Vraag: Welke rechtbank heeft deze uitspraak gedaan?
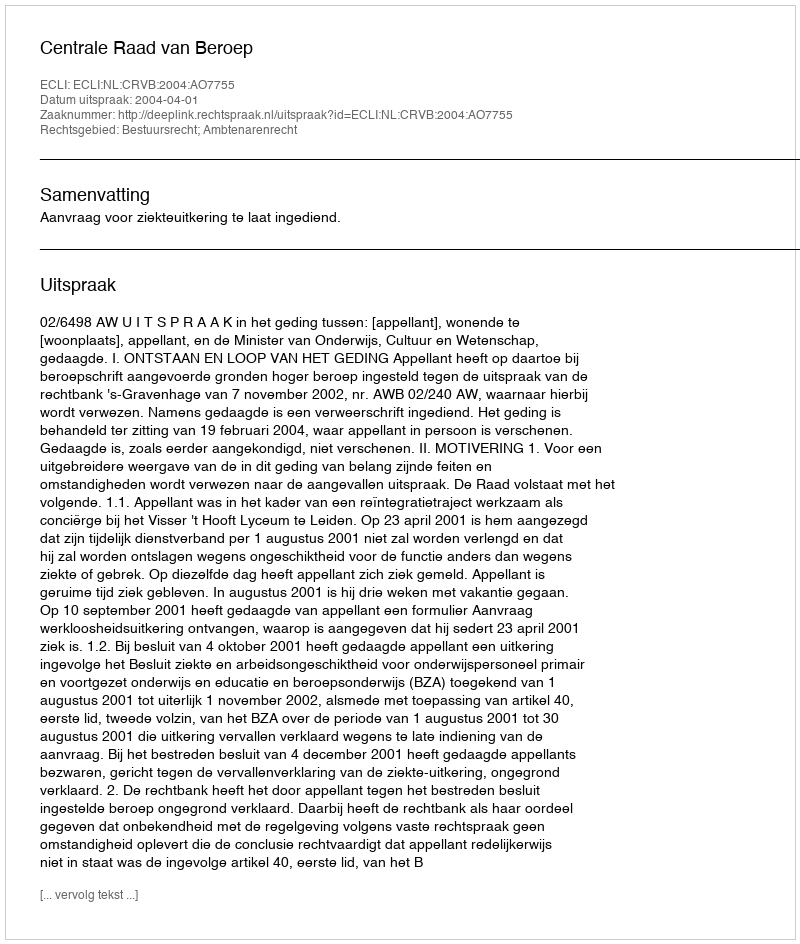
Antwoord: Centrale Raad van Beroep